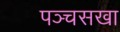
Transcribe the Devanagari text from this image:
पञ्चसखा